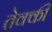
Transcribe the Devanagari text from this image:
तेक्की